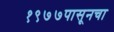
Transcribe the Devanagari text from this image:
१९७७पासूनचा